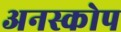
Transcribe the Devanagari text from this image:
अनस्कोप